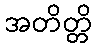
အတိတ္တိ